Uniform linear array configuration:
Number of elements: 64
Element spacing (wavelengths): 0.5
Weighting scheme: blackman
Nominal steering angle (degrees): -15
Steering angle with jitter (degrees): -14.353
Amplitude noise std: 0.05
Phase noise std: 0.05

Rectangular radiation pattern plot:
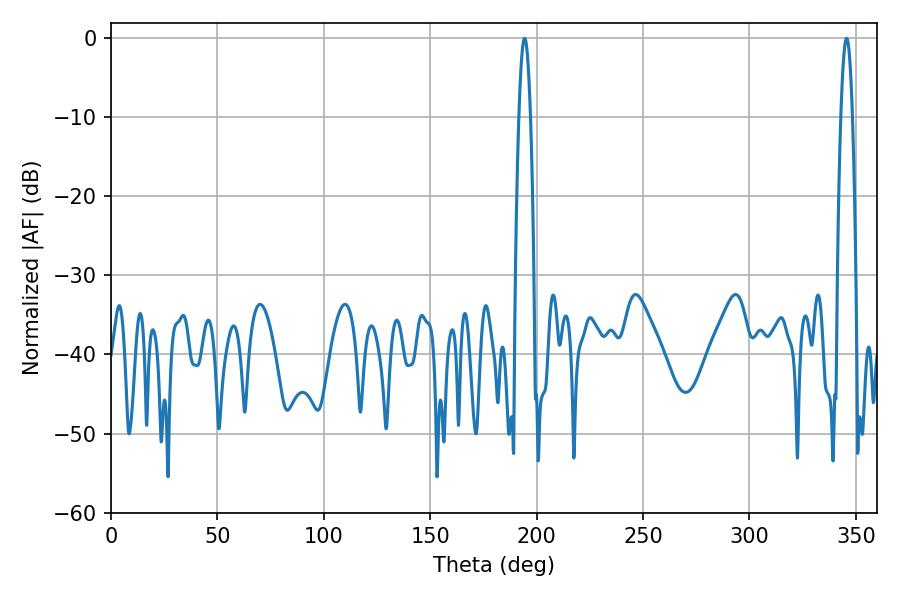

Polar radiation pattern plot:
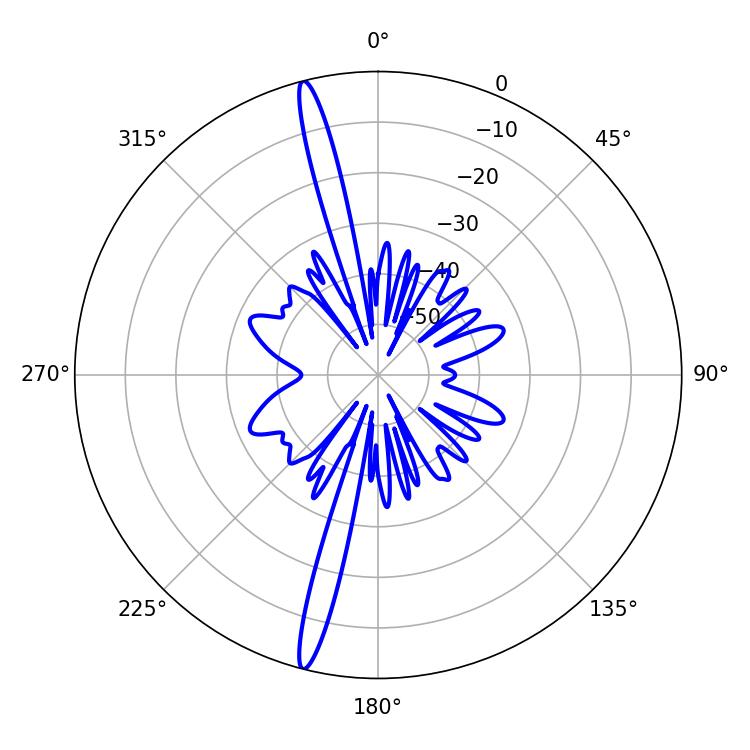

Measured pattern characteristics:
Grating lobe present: FALSE
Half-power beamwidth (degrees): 2.88
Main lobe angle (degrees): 345.6